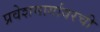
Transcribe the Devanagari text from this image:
प्रवेशमार्गावरची